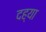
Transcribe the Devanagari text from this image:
दह्या